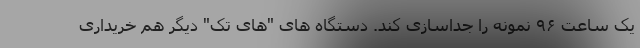
یک ساعت ۹۶ نمونه را جداسازی کند. دستگاه های "های تک" دیگر هم خریداری